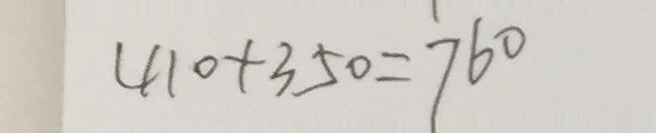
4 1 0 + 3 5 0 = 7 6 0